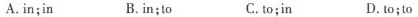
A.in;in B. in;to C. to;in D.to;to